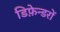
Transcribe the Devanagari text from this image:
डिफ़ेन्डरों